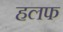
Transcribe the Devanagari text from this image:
हलफ